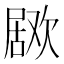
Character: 𣤅